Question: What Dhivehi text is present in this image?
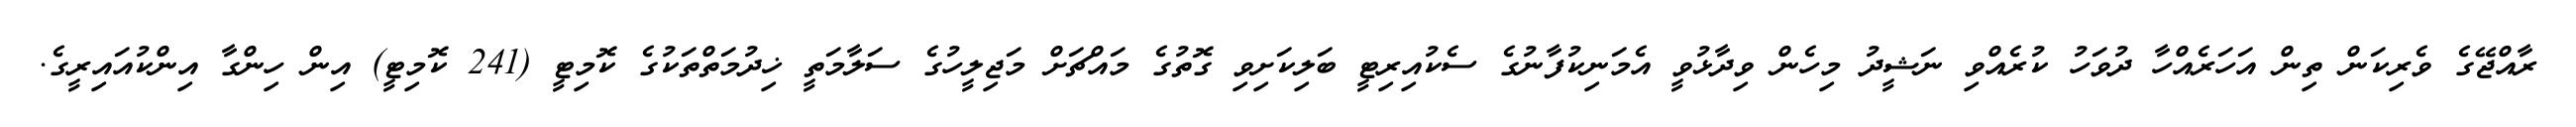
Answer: ރާއްޖޭގެ ވެރިކަން ތިން އަހަރެއްހާ ދުވަހު ކުރެއްވި ނަޝީދު މިހެން ވިދާޅުވީ އެމަނިކުފާނުގެ ސެކުއިރިޓީ ބަލިކަށިވި ގޮތުގެ މައްޗަށް މަޖިލީހުގެ ސަލާމަތީ ޚިދުމަތްތަކުގެ ކޮމިޓީ (241 ކޮމިޓީ) އިން ހިންގާ އިންކުއައިރީގެ.